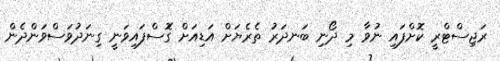
ރަޖިސްޓްރީ ކޮށްފައި ނުވާ މި ދޯނި ބަނދަރު ތެރެޔަށް އަޑިއަށް ގޮަސްފައިވަނީ ގިނަދުވަސްވަންދެން